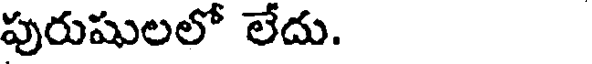
పురుషులలో లేదు.